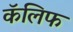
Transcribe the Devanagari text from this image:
कॅलिफ